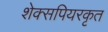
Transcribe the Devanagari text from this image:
शेक्सपियरकृत